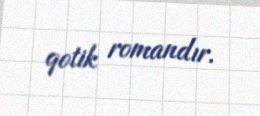
qotik romandır.